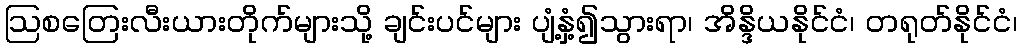
ဩစတြေးလီးယားတိုက်များသို့ ချင်းပင်များ ပျံ့နှံ့၍သွားရာ၊ အိန္ဒိယနိုင်ငံ၊ တရုတ်နိုင်ငံ၊